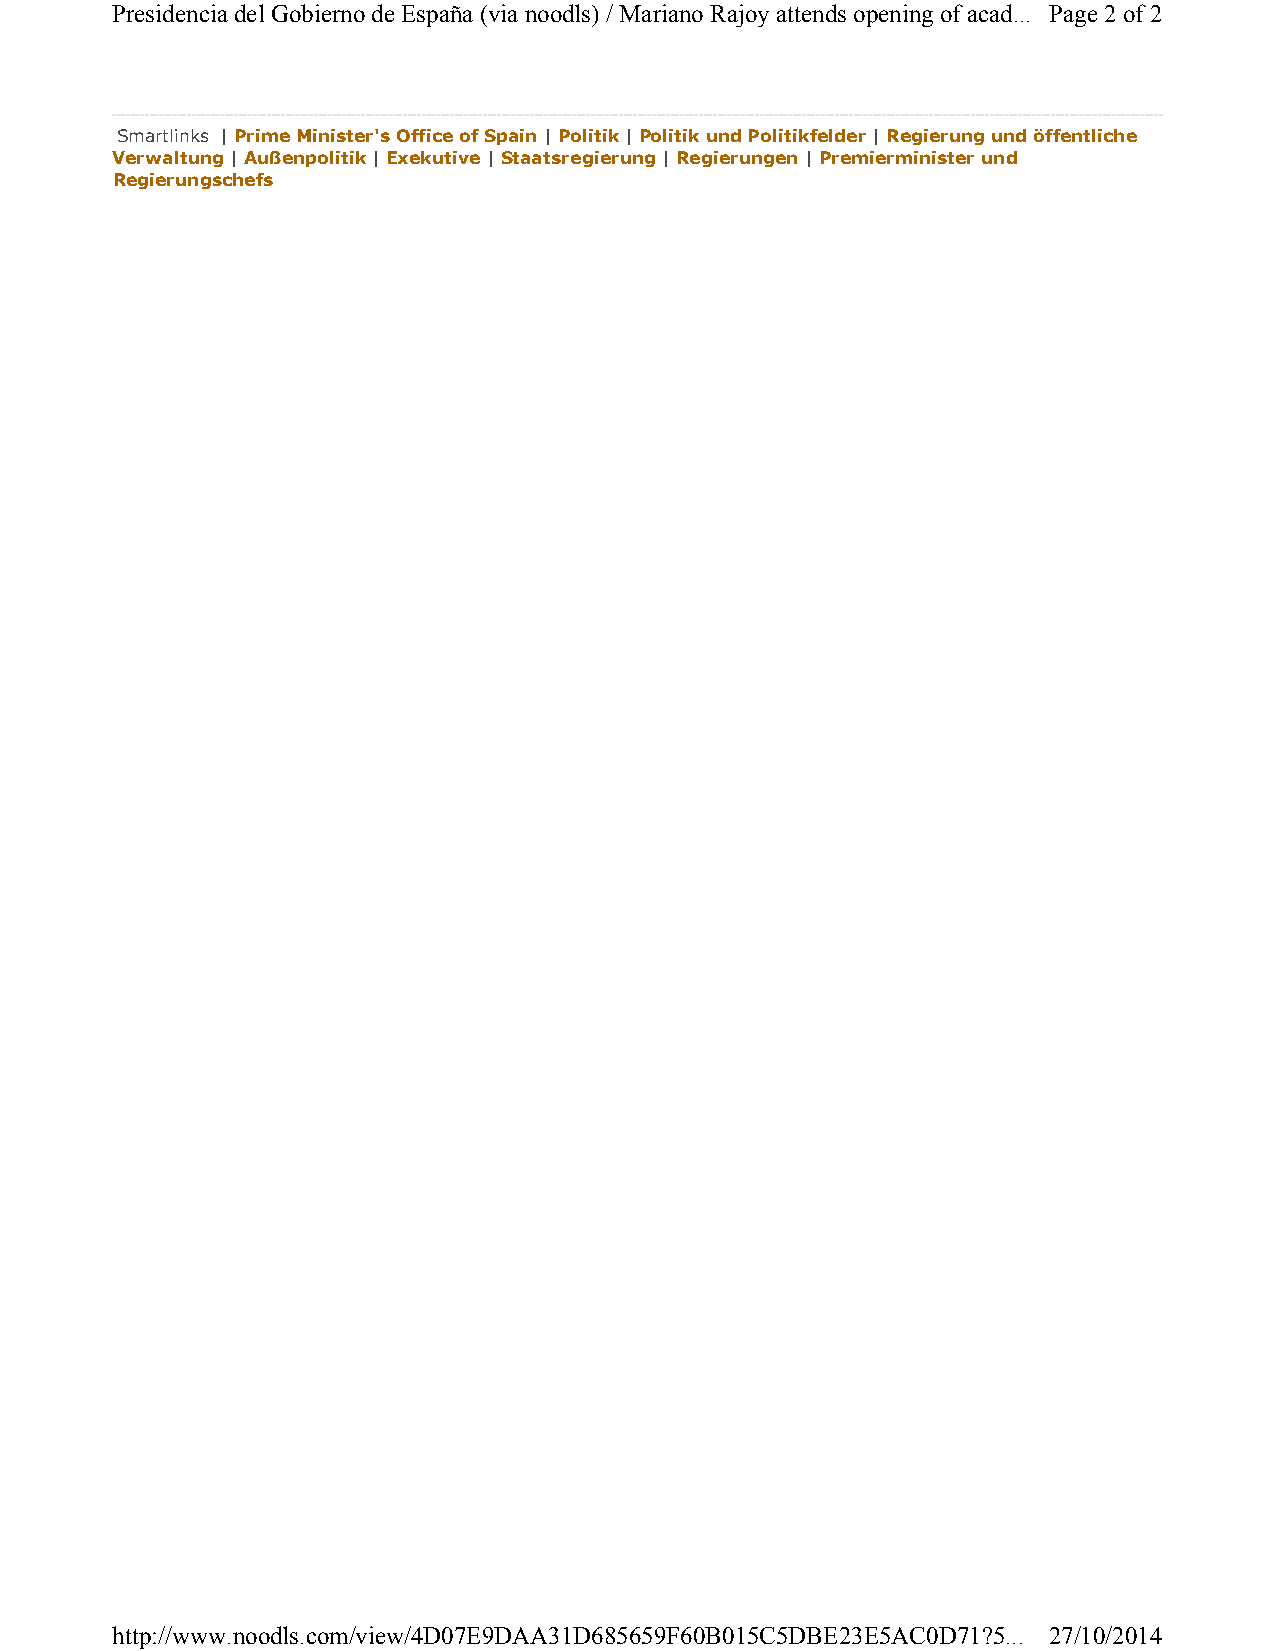
Presidencia del Gobierno de España (via noodls) / Mariano Rajoy attends opening of acad... Page 2of 2
 Smartlinks | Prime Minister's Office of Spain | Politik | Politik und Politikfelder | Regierung und öffentliche
 Verwaltung | Außenpolitik | Exekutive | Staatsregierung | Regierungen | Premierminister und
 Regierungschefs
 http://www.noodls.com/view/4D07E9DAA31D685659F60B015C5DBE23E5AC0D71?5... 27/10/2014